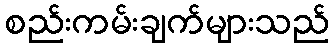
စည်းကမ်းချက်များသည်